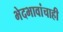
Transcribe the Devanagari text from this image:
भेदभावांचाही